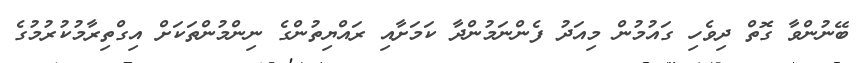
ބޭނުންވާ ގޮތް ދިވެހި ގައުމުން މިއަދު ފެންނަމުންދާ ކަމަށާއި ރައްޔިތުންގެ ނިންމުންތަކަށް އިގްތިރާމުކުރުމުގެ